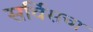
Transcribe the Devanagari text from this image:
सर्विसचा